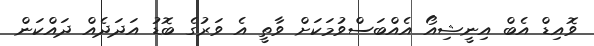
ވޮއިޑް އެބް އިނީޝިއޯ އެއްބަސްވުމަކަށް ވާތީ އެ ވަރުގެ ބޮޑު އަދަދެއް ދައްކަން